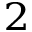
_ 2